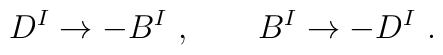
D^I \rightarrow - B^I\ ,\ \ \ \ \ \ B^I \rightarrow - D^I\ .